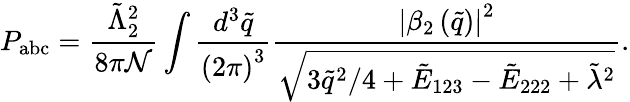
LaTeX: P_{\mathrm{abc}}=\frac{\tilde{\Lambda}_{2}^{2}}{8\pi\mathcal{N}}\int\frac{d^{3}\tilde{q}}{\left(2\pi\right)^{3}}\frac{\left|\beta_{2}\left(\tilde{q}\right)\right|^{2}}{\sqrt{3\tilde{q}^{2}/4+\tilde{E}_{123}-\tilde{E}_{222}+\tilde{\lambda}^{2}}}.